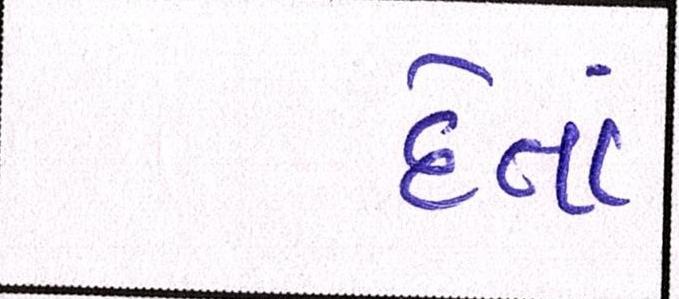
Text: દેતાં